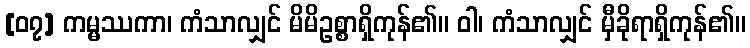
[၀၇] ကမ္မဿကာ၊ ကံသာလျှင် မိမိဥစ္စာရှိကုန်၏။ ဝါ၊ ကံသာလျှင် မှီခိုရာရှိကုန်၏။